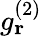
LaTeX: g_{\textbf{r}}^{(2)}